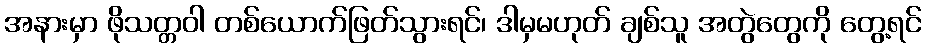
အနားမှာ ဖိုသတ္တဝါ တစ်ယောက်ဖြတ်သွားရင်၊ ဒါမှမဟုတ် ချစ်သူ အတွဲတွေကို တွေ့ရင်